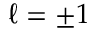
\ell = \pm 1